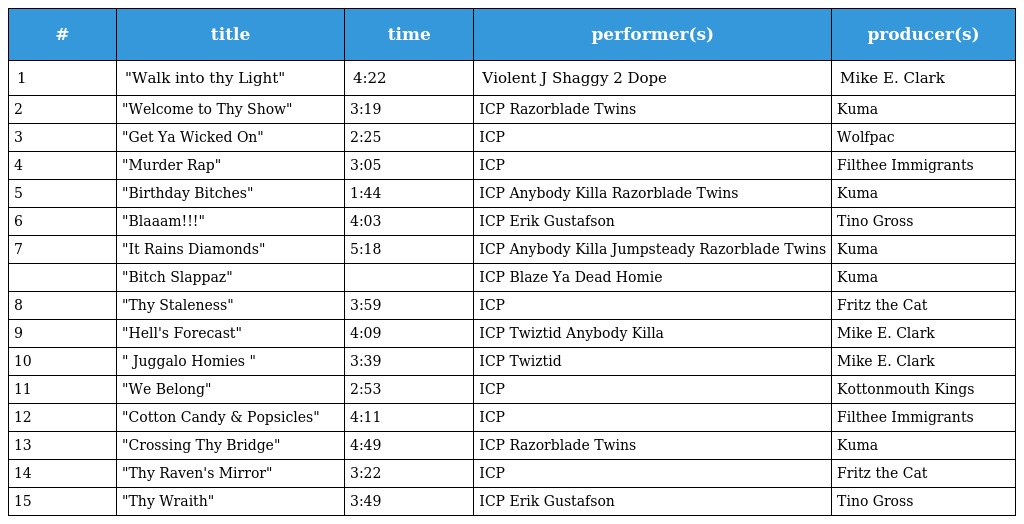
| # | title | time | performer(s) | producer(s) |
 | --- | --- | --- | --- | --- |
 | 1 | "Walk into thy Light" | 4:22 | Violent J Shaggy 2 Dope | Mike E. Clark |
 | 2 | "Welcome to Thy Show" | 3:19 | ICP Razorblade Twins | Kuma |
 | 3 | "Get Ya Wicked On" | 2:25 | ICP | Wolfpac |
 | 4 | "Murder Rap" | 3:05 | ICP | Filthee Immigrants |
 | 5 | "Birthday Bitches" | 1:44 | ICP Anybody Killa Razorblade Twins | Kuma |
 | 6 | "Blaaam!!!" | 4:03 | ICP Erik Gustafson | Tino Gross |
 | 7 | "It Rains Diamonds" | 5:18 | ICP Anybody Killa Jumpsteady Razorblade Twins | Kuma |
 |  | "Bitch Slappaz" |  | ICP Blaze Ya Dead Homie | Kuma |
 | 8 | "Thy Staleness" | 3:59 | ICP | Fritz the Cat |
 | 9 | "Hell's Forecast" | 4:09 | ICP Twiztid Anybody Killa | Mike E. Clark |
 | 10 | " Juggalo Homies " | 3:39 | ICP Twiztid | Mike E. Clark |
 | 11 | "We Belong" | 2:53 | ICP | Kottonmouth Kings |
 | 12 | "Cotton Candy & Popsicles" | 4:11 | ICP | Filthee Immigrants |
 | 13 | "Crossing Thy Bridge" | 4:49 | ICP Razorblade Twins | Kuma |
 | 14 | "Thy Raven's Mirror" | 3:22 | ICP | Fritz the Cat |
 | 15 | "Thy Wraith" | 3:49 | ICP Erik Gustafson | Tino Gross |